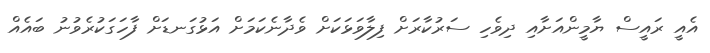
އެއީ ރައީސް ޔާމީންއަށާއި ދިވެހި ސަރުކާރަށް ފިލާވަޅަކަށް ވެދާނެކަމަށް އަޅުގަނޑަށް ފާހަގަކުރެވުނު ބައެއް